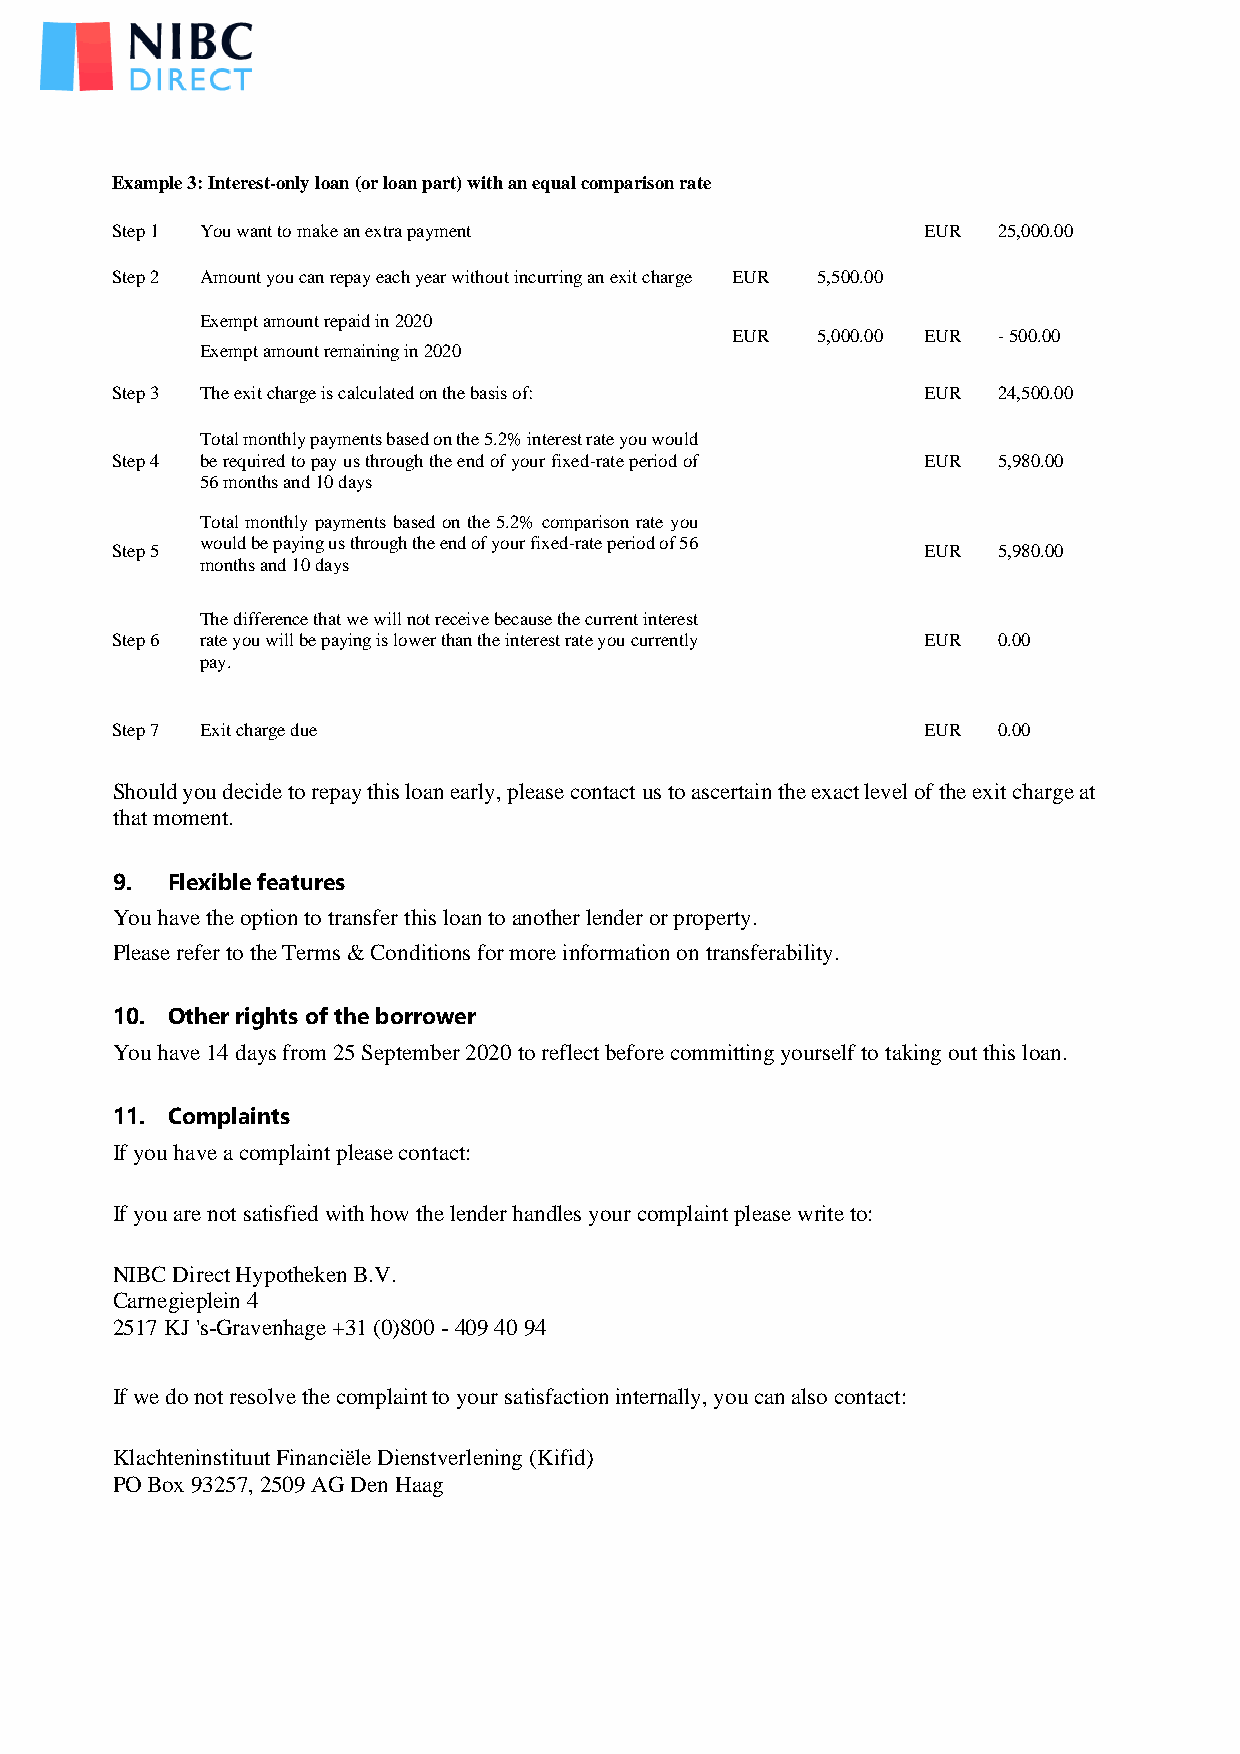
Example 3: Interest-only loan (or loan part) with an equal comparison rate
 Step 1 You want to make an extra payment              EUR  25,000.00
 Step 2 Amount you can repay each year without incurring an exit charge EUR 5,500.00
 Exempt amount repaid in 2020
 EUR   5,000.00 EUR - 500.00
 Exempt amount remaining in 2020
 Step 3 The exit charge is calculated on the basis of: EUR  24,500.00
 Total monthly payments based on the 5.2% interest rate you would
 Step 4 be required to pay us through the end of your fixed-rate period of EUR 5,980.00
 56 months and 10 days
 Total monthly payments based on the 5.2% comparison rate you
 would be paying us through the end of your fixed-rate period of 56
 Step 5                                                EUR  5,980.00
 months and 10 days
 The difference that we will not receive because the current interest
 Step 6 rate you will be paying is lower than the interest rate you currently EUR 0.00
 pay.
 Step 7 Exit charge due                                EUR  0.00
 Should you decide to repay this loan early, please contact us to ascertain the exact level of the exit charge at
 that moment.
 9.  Flexible features
 You have the option to transfer this loan to another lender or property.
 Please refer to the Terms & Conditions for more information on transferability.
 10. Other rights of the borrower
 You have 14 days from 25 September 2020 to reflect before committing yourself to taking out this loan.
 11. Complaints
 If you have a complaint please contact:
 If you are not satisfied with how the lender handles your complaint please write to:
 NIBC Direct Hypotheken B.V.
 Carnegieplein 4
 2517 KJ 's-Gravenhage +31 (0)800 - 409 40 94
 If we do not resolve the complaint to your satisfaction internally, you can also contact:
 Klachteninstituut Financiële Dienstverlening (Kifid)
 PO Box 93257, 2509 AG Den Haag